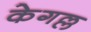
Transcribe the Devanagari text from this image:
केगल्ल